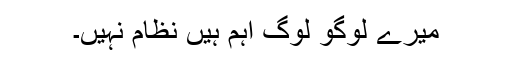
میرے لوگو لوگ اہم ہیں نظام نہیں۔